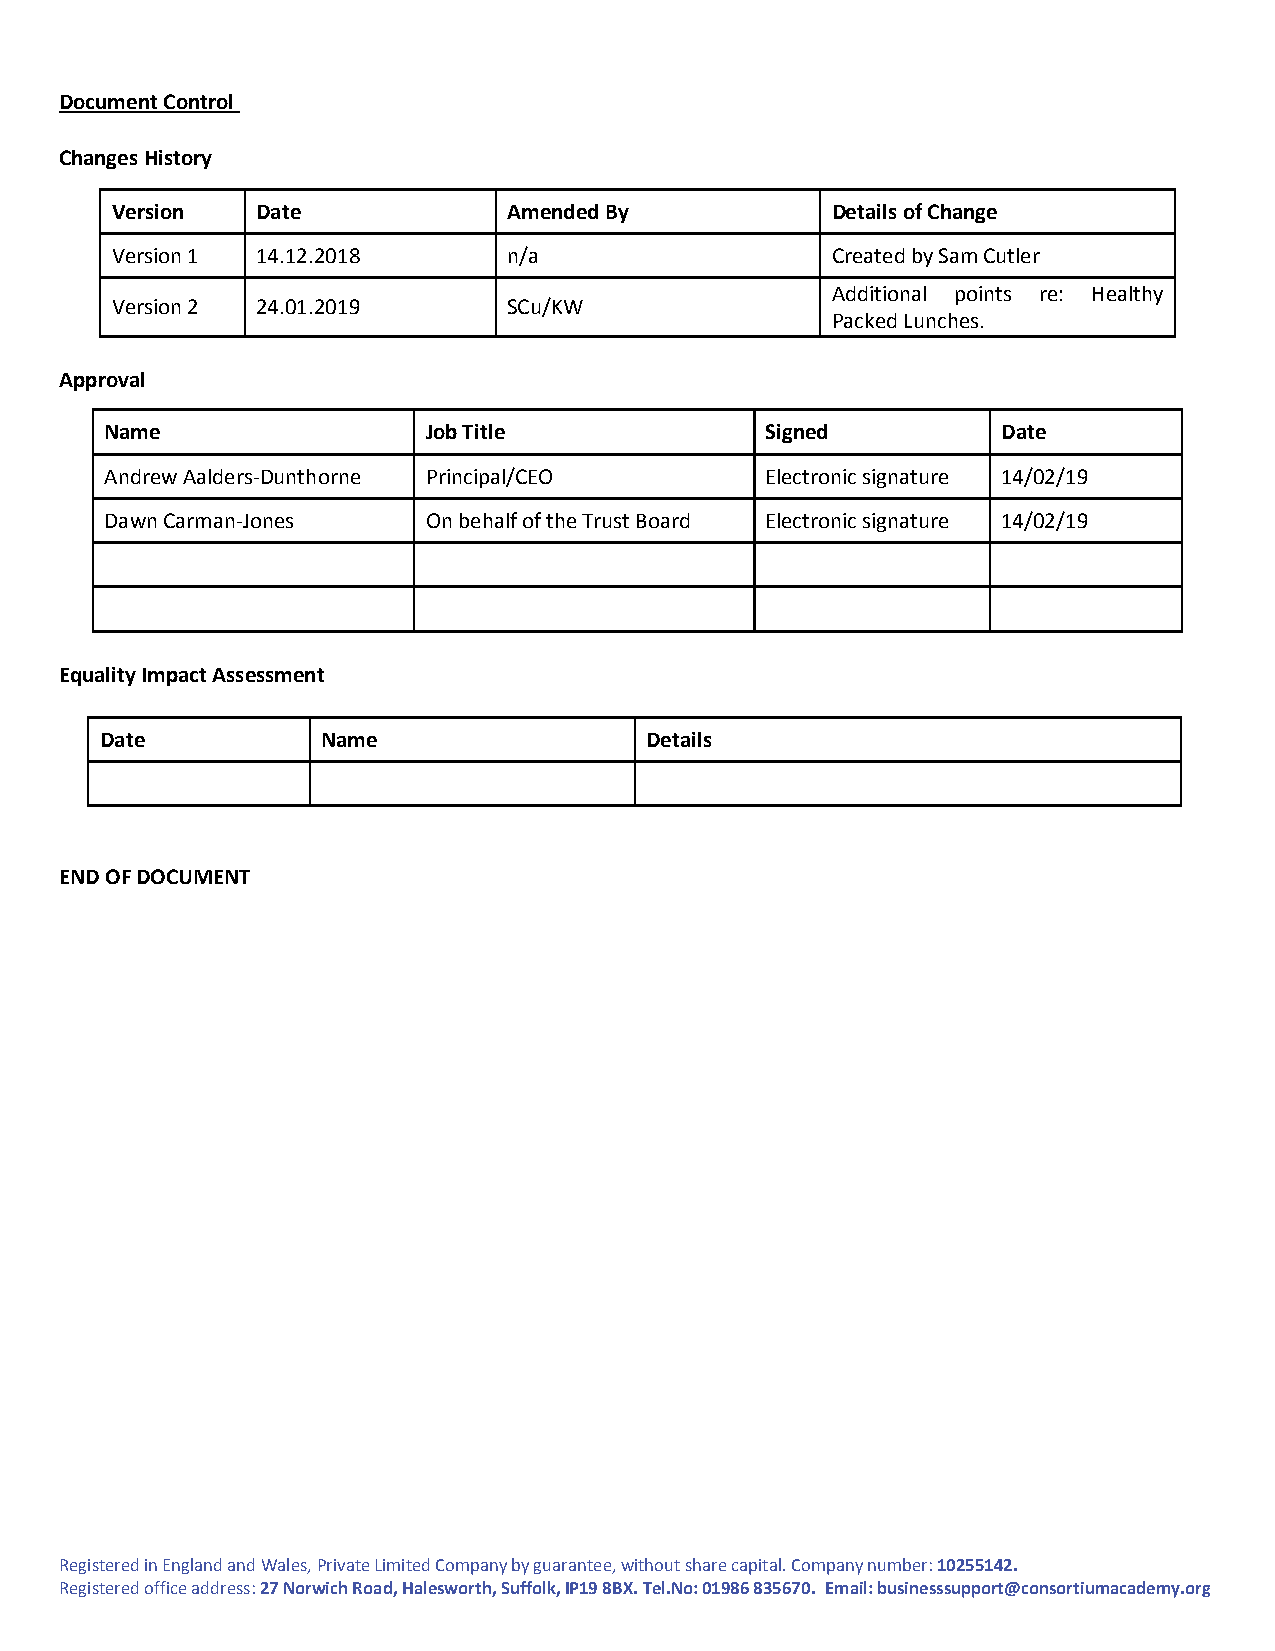
Document Control
 Changes History
 Version   Date             Amended By           Details of Change
 Version 1 14.12.2018       n/a                  Created by Sam Cutler
 Additional points re: Healthy
 Version 2 24.01.2019       SCu/KW
 Packed Lunches.
 Approval
 Name                 Job Title              Signed         Date
 Andrew Aalders-Dunthorne Principal/CEO      Electronic signature 14/02/19
 Dawn Carman-Jones    On behalf of the Trust Board Electronic signature 14/02/19
 Equality Impact Assessment
 Date          Name                  Details
 END OF DOCUMENT
 Registered in England and Wales, Private Limited Company by guarantee, without share capital. Company number: 10255142.
 Registered office address: 27 Norwich Road, Halesworth, Suffolk, IP19 8BX. Tel.No: 01986 835670. Email: businesssupport@consortiumacademy.org